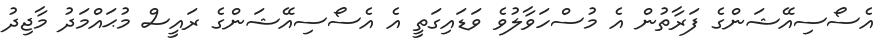
އެސޯސިއޭޝަންގެ ފަރާތުން އެ މުސްހަވާލުވެ ވަޑައިގަތީ އެ އެސޯސިއޭޝަންގެ ރައީސް މުޙައްމަދު މާޖިދު